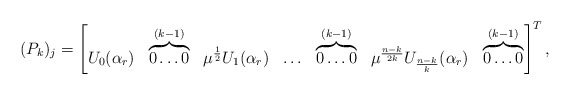
\begin{align*}(P_k)_j=\begin{bmatrix}U_0(\alpha_r) & \overbrace{0 \ldots 0}^{(k-1)} & \mu^{\frac{1}{2}}U_1(\alpha_r) & \ldots & \overbrace{0 \ldots 0}^{(k-1)} & \mu^{\frac{n-k}{2k}} U_{\frac{n-k}{k}}(\alpha_r) & \overbrace{0 \ldots 0}^{(k-1)}\end{bmatrix}^T, \end{align*}